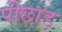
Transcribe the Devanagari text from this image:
पीछाड़